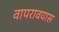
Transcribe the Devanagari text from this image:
वापरावयास